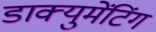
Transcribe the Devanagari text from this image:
डाक्युमेंटिंग